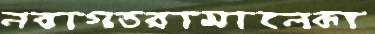
নবাগতরামালেকা